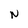
Character: N